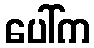
ပေါ်က